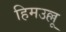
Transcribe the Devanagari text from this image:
हिमउल्लू